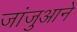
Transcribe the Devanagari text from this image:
जांजुआने